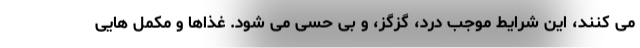
می کنند، این شرایط موجب درد، گزگز، و بی حسی می شود. غذاها و مکمل هایی